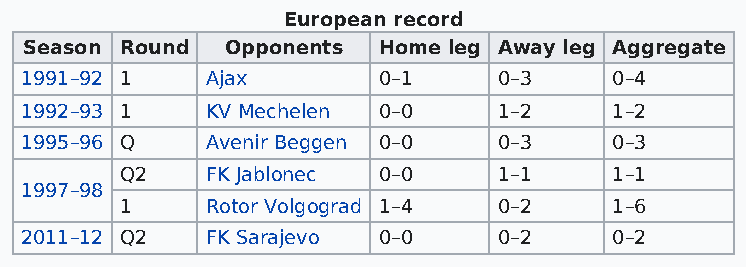
European record
 Season Round Opponents Home leg Away leg Aggregate
 1991–92 1    Ajax       0–1     0–3     0–4
 1992–93 1    KV Mechelen 0–0    1–2     1–2
 1995–96 Q    Avenir Beggen 0–0  0–3     0–3
 Q2    FK Jablonec 0–0    1–1     1–1
 1997–98
 1     Rotor Volgograd 1–4 0–2    1–6
 2011–12 Q2   FK Sarajevo 0–0    0–2     0–2